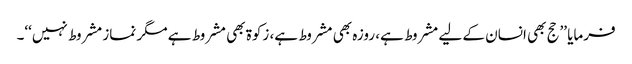
فرمایا ’’حج بھی انسان کے لیے مشروط ہے، روزہ بھی مشروط ہے، زکوۃ بھی مشروط ہے مگر نماز مشروط نہیں‘‘۔